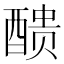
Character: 𨡺